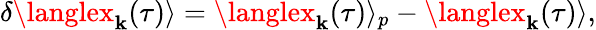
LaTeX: \delta\langlex_{\mathbf{k}}(\tau)\rangle=\langlex_{\mathbf{k}}(\tau)\rangle_{p}-\langlex_{\mathbf{k}}(\tau)\rangle,